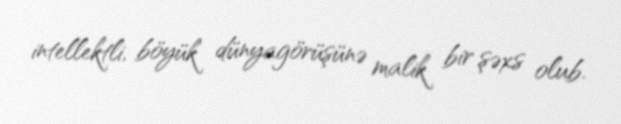
intellektli, böyük dünyagörüşünə malik bir şəxs olub.